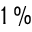
1 \, \%